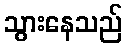
သွားနေသည်